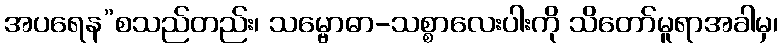
အပရေန”စသည်တည်း၊ သမ္ဗောဓာ-သစ္စာလေးပါးကို သိတော်မူရာအခါမှ၊